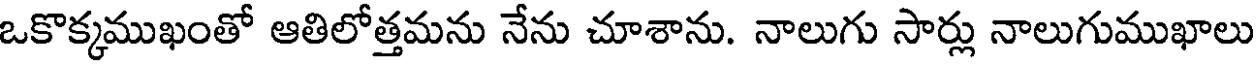
ఒకొక్కముఖంతో ఆతిలోత్తమను నేను చూశాను. నాలుగు సార్లు నాలుగుముఖాలు